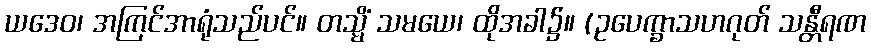
ယဒေဝ၊ အကြင်အာရုံသည်ပင်။ တသ္မိံ သမယေ၊ ထိုအခါ၌။ (ဥပေက္ခာသဟဂုတ် သန္တီရဏ